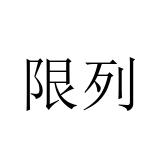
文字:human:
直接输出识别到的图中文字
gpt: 限列